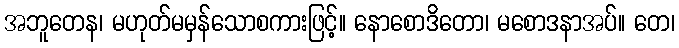
အဘူတေန၊ မဟုတ်မမှန်သောစကားဖြင့်။ နောစောဒိတော၊ မစောဒနာအပ်။ တေ၊